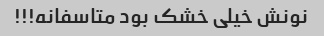
نونش خیلی خشک بود متاسفانه!!!